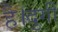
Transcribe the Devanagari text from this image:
है।दुर्गी